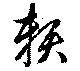
頼